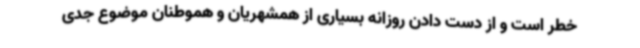
خطر است و از دست دادن روزانه بسیاری از همشهریان و هموطنان موضوع جدی